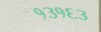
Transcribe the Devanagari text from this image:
१३१६३